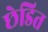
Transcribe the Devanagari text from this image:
छेडित